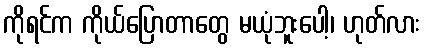
ကိုရင်က ကိုယ်ပြောတာတွေ မယုံဘူးပေါ့၊ ဟုတ်လား